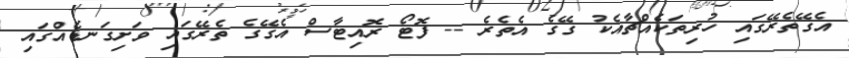
އެގޭތެރޭގައި ހުރިތަކެއްޗާއެކު ގޭގެ އެތެރެ -- ފޮޓޯ ރޮއިޓާސް އެގޭގެ ތެރޭގައި ވަށިގަނޑެއްގައި